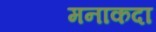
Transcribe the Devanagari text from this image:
मनाकदा